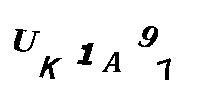
UK1A97